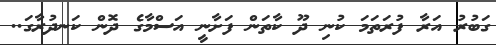
ގަބުރު އަރާ ފުރަތަމަ ކުނި ދޫ ކާތަން ފަށާނީ އަސްމާގެ ދޮން ކަނދުރާގަ..